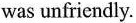
was unfricndly.